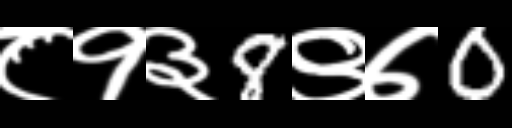
Text: ८१३8९७0